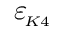
{ \varepsilon _ { \! \scriptscriptstyle K 4 } }